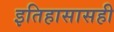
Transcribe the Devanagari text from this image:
इतिहासासही